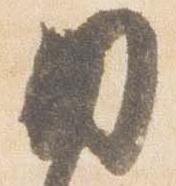
内